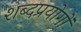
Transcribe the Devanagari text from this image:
शब्दप्रयोगों